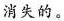
消失的。